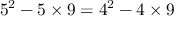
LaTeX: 5 ^ { 2 } - 5 \times 9 = 4 ^ { 2 } - 4 \times 9